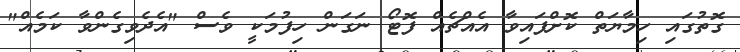
ގޮތުގައި ހިމާޔަތް ކޮށްފައިވާ އެއްޗެއް ފޮޓޯ ނަގަން ހިފުމަކީ ވެސް "އެދެވިގެންވާ ކަމެއް"